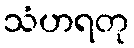
သံဟရတု